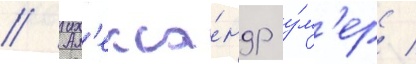
// Ал'екса́ндр у́м'ер /